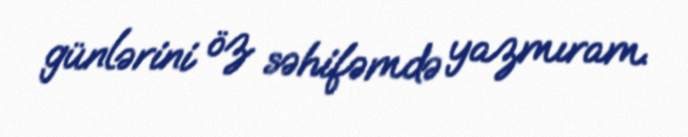
günlərini öz səhifəmdə yazmıram.